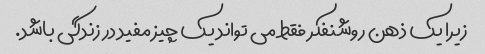
زیرا یک ذهن روشنفکر فقط می تواند یک چیز مفید در زندگی باشد.